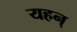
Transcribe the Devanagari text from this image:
यहन्